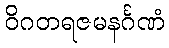
ဝိဂတရဇမနင်္ဂဏံ